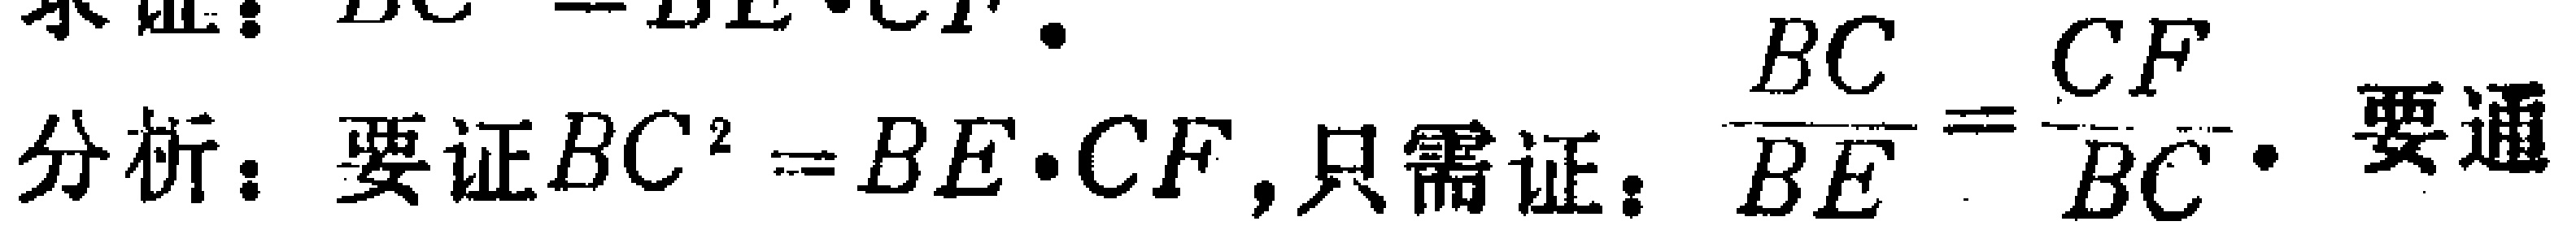
求证：$BC^{2}=BE\cdot CF$.

分析：要证$BC^{2}=BE\cdot CF$,只需证：$\frac{BC}{BE}=\frac{CF}{BC}$. 要通